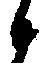
候